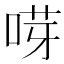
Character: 𠵝